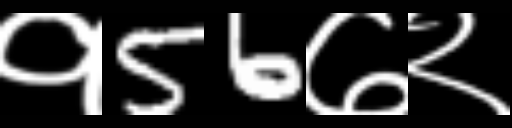
Text: १56७२